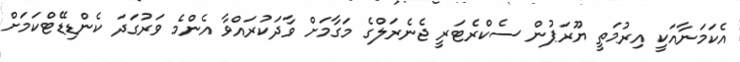
އެކަމަނާއަކީ އިރުމަތީ ޔޫރަޕުން ސެކްރެޓަރީ ޖެނެރަލްގެ މަގާމަށް ވާދަކުރައްވާ އެންމެ ވަރުގަދަ ކެންޑިޑޭޓްކަމަށް